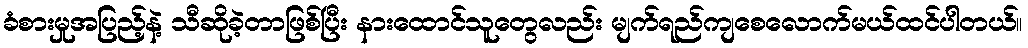
ခံစားမှုအပြည့်နဲ့ သီဆိုခဲ့တာဖြစ်ပြီး နားထောင်သူတွေလည်း မျက်ရည်ကျစေလောက်မယ်ထင်ပါတယ်။